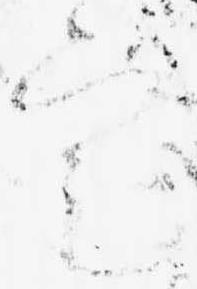
定